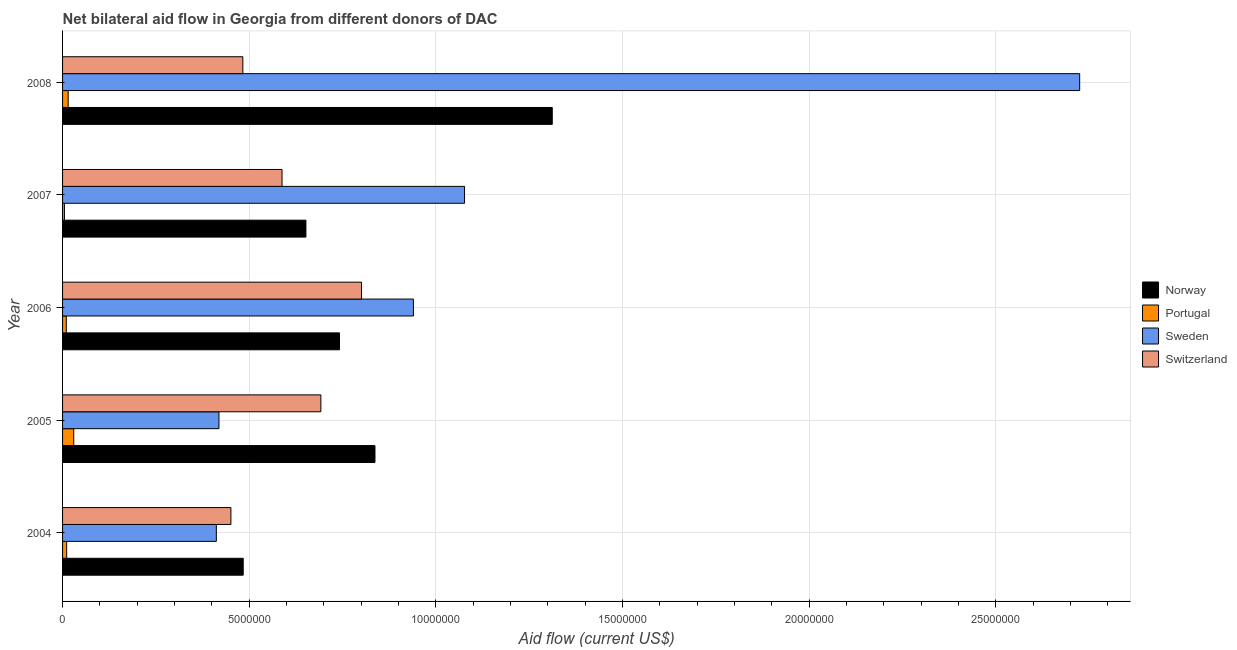
| Year | Norway | Portugal | Sweden | Switzerland |
 | --- | --- | --- | --- | --- |
 | 2004 | 4.84e+06 | 1.1e+05 | 4.12e+06 | 4.51e+06 |
 | 2005 | 8.37e+06 | 3e+05 | 4.19e+06 | 6.92e+06 |
 | 2006 | 7.42e+06 | 1e+05 | 9.4e+06 | 8.01e+06 |
 | 2007 | 6.52e+06 | 5e+04 | 1.08e+07 | 5.88e+06 |
 | 2008 | 1.31e+07 | 1.5e+05 | 2.72e+07 | 4.83e+06 |